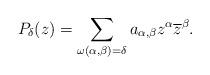
LaTeX: \begin{align*}P_{\delta}(z) = \sum_{\omega(\alpha,\beta)=\delta} a_{\alpha,\beta} z^{\alpha}\overline{z}^{\beta}.\end{align*}